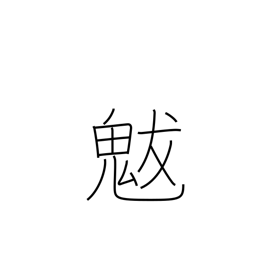
Meaning: (god of) drought